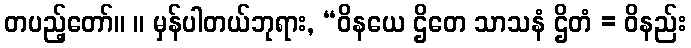
တပည့်တော်။ ။ မှန်ပါတယ်ဘုရား, “ဝိနယေ ဌိတေ သာသနံ ဌိတံ = ဝိနည်း